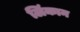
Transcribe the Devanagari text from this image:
लिंकान